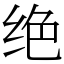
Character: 绝